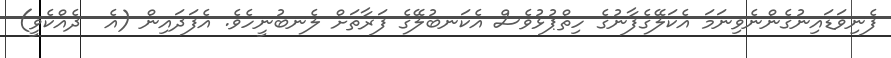
ފެނިވަޑައިނުގެންނެވިނަަމަ އެކަލޭގެފާނުގެ ހިތްޕުޅުވެސް އެކަނބުލޭގެ ފަރާތަށް ލެނބުނީހެވެ. އެފަދައިން (އެ  ދެއްކެވީ)